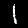
Digit: 1